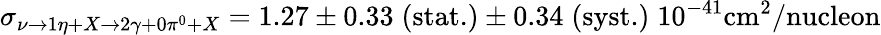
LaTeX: \sigma_{\nu\rightarrow 1\eta+X\rightarrow 2\gamma+0\pi^{0}+X}=1.27\pm 0.33\; \textrm{(stat.)}\pm 0.34\; \textrm{(syst.)}\; 10^{-41}\mathrm{cm}^{2}/\textrm{nucleon}